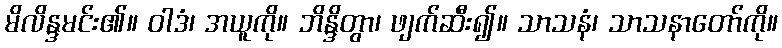
မိလိန္ဒမင်း၏။ ဝါဒံ၊ အယူကို။ ဘိန္ဒိတွာ၊ ဖျက်ဆီး၍။ သာသနံ၊ သာသနာတော်ကို။